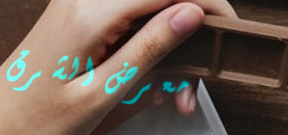
معرض الشرق